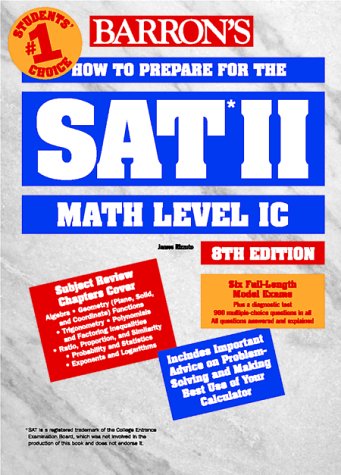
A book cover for How to Prepare for the SAT II: Mathematics Level IC (Barron's SAT Subject Test Math Level 1); James J. Rizzuto; Test Preparation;